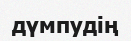
дүмпудің